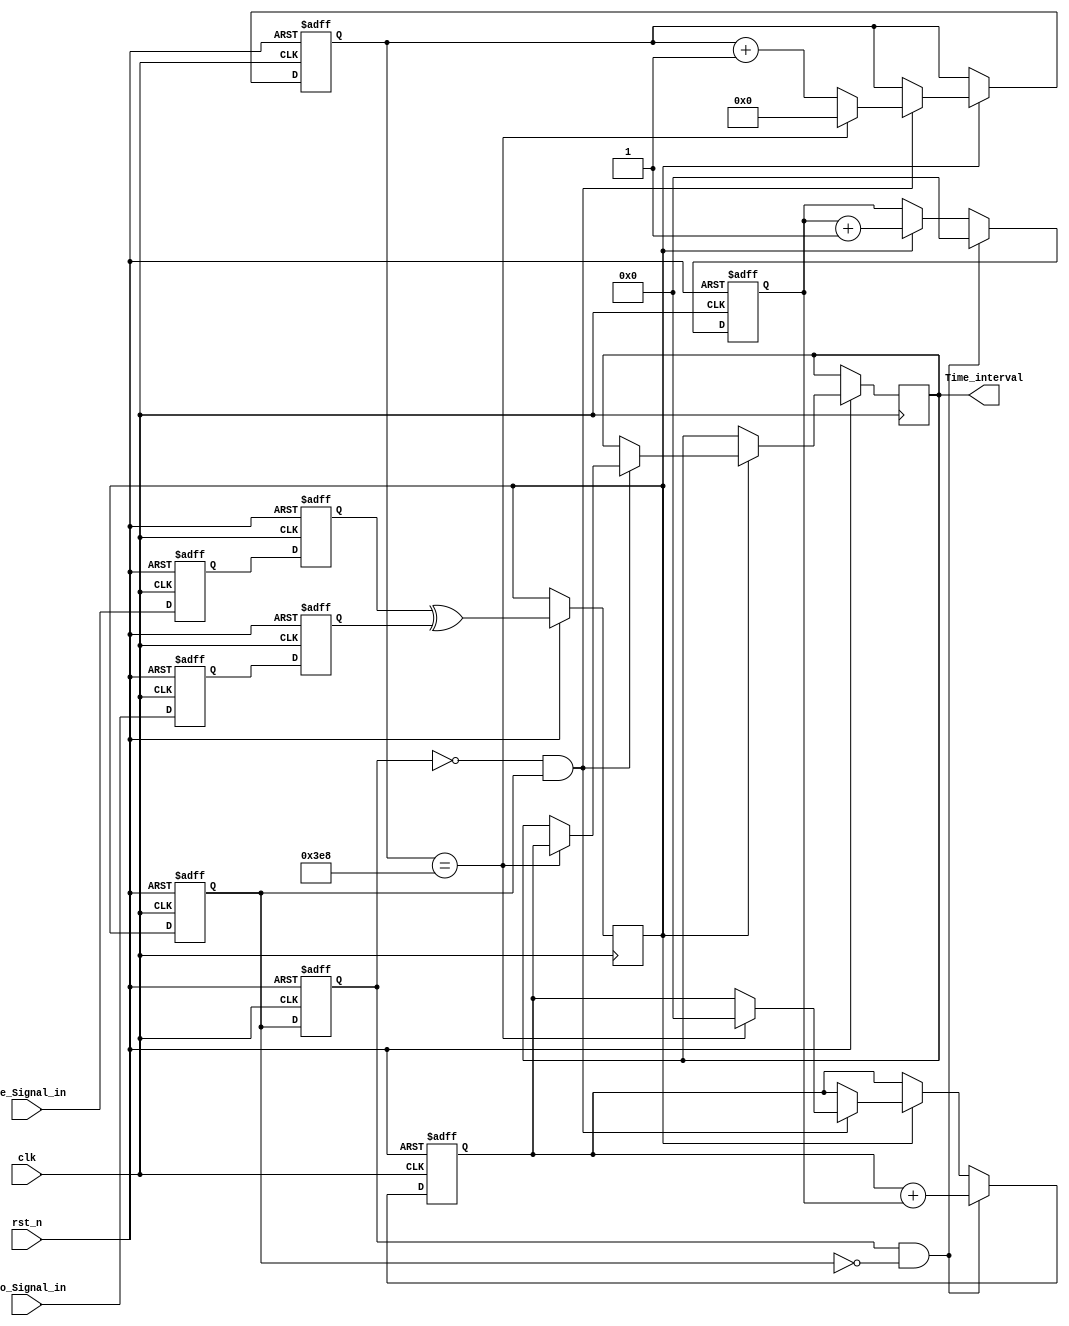
/* ==================================================================
* Family:				Cyclone V
* Device:				5CSEMA5F31C6
* Stage:				   DE1-SOC			
* Version:				Quartus II 64-Bit Version & 13.1.0 Build 162 10/23/2013 SJ Full Version
* Address:				Lab
* Data:					2017/6/22
* Function:				Uart
* 
* ==================================================================*/

module Time_period_check(
	
	input wire 			clk,	
	input	wire			rst_n,
	input wire 		   One_Signal_in,	//1
	input wire 			Two_Signal_in,	//2
	
	output reg [31:0] Time_interval  //1000
);


//====================================================================
// ********** Define Parameter and Internal Signals *************
//====================================================================





//====================================================================
// ************************* Main Code *************************
//====================================================================

	/************************* & ****************************/
	//A
	reg One_flag1;
	reg One_flag2;
	
	always @(posedge clk or negedge rst_n)
	if(!rst_n) begin 
		One_flag1 <= 1'b0;
		One_flag2 <= 1'b0;
	end 
	else begin 
		One_flag1 <= One_Signal_in;
		One_flag2 <= One_flag1;
	end 
	
	assign One_Rising_edge = (~One_flag1) & One_flag2;
	assign One_falling_edge = One_flag1 & (~One_flag2);
	
	
	//B
	reg Two_flag1;
	reg Two_flag2;
	
	always @(posedge clk or negedge rst_n)
	if(!rst_n) begin 
		Two_flag1 <= 1'b0;
		Two_flag2 <= 1'b0;
	end 
	else begin 
		Two_flag1 <= Two_Signal_in;
		Two_flag2 <= Two_flag1;
	end 
	
	assign Two_Rising_edge = (~Two_flag1) & Two_flag2;
	assign Two_falling_edge = Two_flag1 & (~Two_flag2);


	/************************* Function ****************************/
 	//
	reg  First_Signal;
	reg  Second_Signal;
	reg  Mix_Signal;
	
	always @(posedge clk or negedge rst_n)
	if(!rst_n) begin 
		First_Signal <= 32'd0;
		Second_Signal <= 32'd0;
	end 
	else begin 
		First_Signal <= One_flag1;
		Second_Signal <= Two_flag1;
		Mix_Signal <= First_Signal^Second_Signal;
	end
	
	
	/*************************  ****************************/
	//
	reg flag1,flag2;
	
	always @(posedge clk or negedge rst_n)
	if(!rst_n) begin 
		flag1 <= 1'b0;
		flag2 <= 1'b0;
	end 
	else begin 
		flag1 <= Mix_Signal;
		flag2 <= flag1;
	end 

	assign Rising_edge  = (~flag2) & flag1; //
	assign Falling_edge = flag2 & (~flag1);//
	
	
	
	//
	reg [9:0] SignalCount ;				//1000
	reg [31:0] Numcount;					//
	reg [31:0] r_Single_TimePeriod;	//1000
	
	always @(posedge clk or negedge rst_n)
	if(!rst_n) begin 
		SignalCount <= 10'd0;
		r_Single_TimePeriod  <= 32'd0;
		Numcount		<= 32'd0;
	end 
	else begin
		if(Mix_Signal) begin 
			Numcount <= Numcount + 1'b1;
			if(Rising_edge) begin 
				SignalCount <= SignalCount + 1'b1;
				if(SignalCount == 10'd1000) begin 
					SignalCount <= 10'd0;
					Time_interval <= r_Single_TimePeriod;
					r_Single_TimePeriod <= 10'd0;
				end 
			end
		end
		if(Falling_edge) begin 
			r_Single_TimePeriod <= r_Single_TimePeriod + Numcount;
			Numcount <= 32'd0;
		end 
	end	
		

endmodule